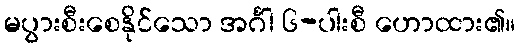
မပွားစီးစေနိုင်သော အင်္ဂါ ၆-ပါးစီ ဟောထား၏။